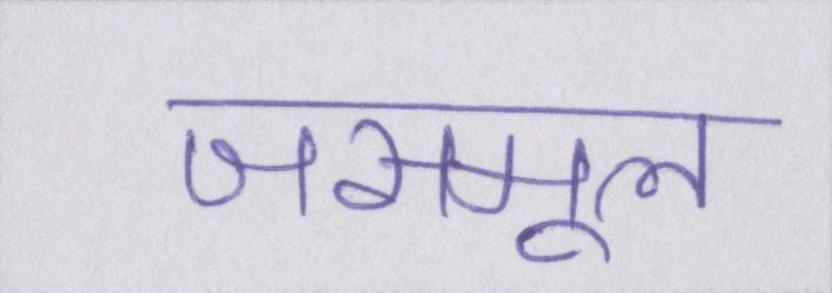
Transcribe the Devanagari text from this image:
जसमूल